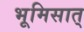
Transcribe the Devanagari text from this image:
भूमिसात्